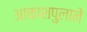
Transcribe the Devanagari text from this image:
आकाशपुलाने